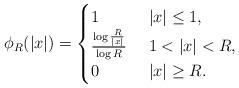
LaTeX: \begin{align*}\phi_R(|x|) = \begin{cases}1 \quad& \,\, |x| \le 1,\\\frac{\log \frac{R}{|x|}}{\log R} & \,\, 1< |x| < R,\\0 & \,\, |x| \ge R.\end{cases}\end{align*}